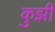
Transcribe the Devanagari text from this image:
कुझी